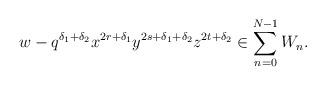
LaTeX: \begin{align*}w - q^{\delta_1+\delta_2} x^{2r+\delta_1}y^{2s+\delta_1+\delta_2}z^{2t+\delta_2} \in \sum_{n=0}^{N-1}W_n.\end{align*}